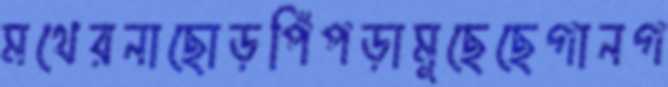
মথেরনাছোড়পিঁপড়ামুছেছেগানগ